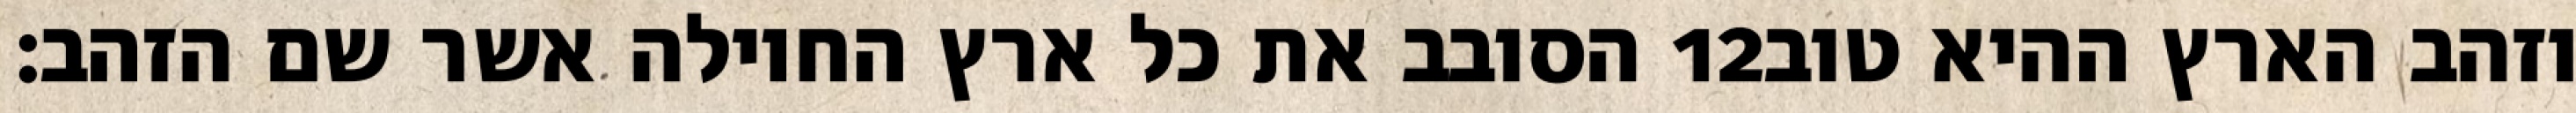
הסובב את כל ארץ החוילה אשר שם הזהב׃ ‎12‏ וזהב הארץ ההיא טוב